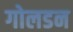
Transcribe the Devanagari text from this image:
गोलडन